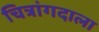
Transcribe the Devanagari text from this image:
चित्रांगदाला